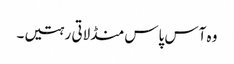
وہ آس پاس منڈلاتی رہتیں۔